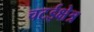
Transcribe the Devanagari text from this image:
चटईक्षेत्र